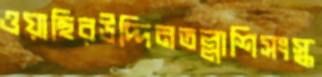
ওয়াছিরউদ্দিনতল্লাশিসংস্ক